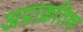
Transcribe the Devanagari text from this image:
अप्राक्रतिक